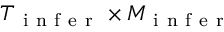
T _ { \mathrm { ~ i ~ n ~ f ~ e ~ r ~ } } \times M _ { \mathrm { ~ i ~ n ~ f ~ e ~ r ~ } }